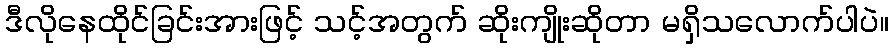
ဒီလိုနေထိုင်ခြင်းအားဖြင့် သင့်အတွက် ဆိုးကျိုးဆိုတာ မရှိသလောက်ပါပဲ။